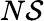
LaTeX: N\mathcal{S}